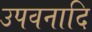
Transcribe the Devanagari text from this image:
उपवनादि